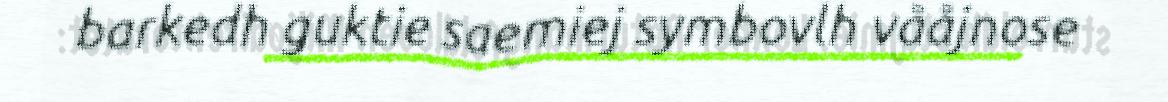
barkedh guktie saemiej symbovlh vååjnose